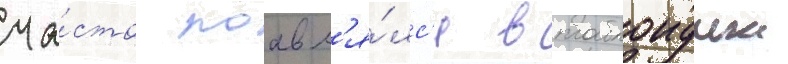
ча́сто поавл'я́лс'я в таблоидных